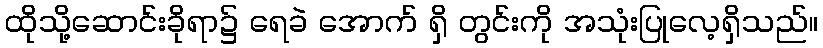
ထိုသို့ဆောင်းခိုရာ၌ ရေခဲ အောက် ရှိ တွင်းကို အသုံးပြုလေ့ရှိသည်။